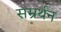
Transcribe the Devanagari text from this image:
सम्रर्थन